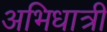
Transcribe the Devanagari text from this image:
अभिधात्री